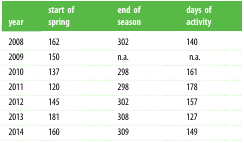
<table><thead><tr><td><b>year</b></td><td><b>start of spring</b></td><td><b>end of season</b></td><td><b>days of activity</b></td></tr></thead><tbody><tr><td>2008</td><td>162</td><td>302</td><td>140</td></tr><tr><td>2009</td><td>150</td><td>n.a.</td><td> n.a.</td></tr><tr><td>2010</td><td>137</td><td>298</td><td>161</td></tr><tr><td>2011</td><td>120</td><td>298</td><td>178</td></tr><tr><td>2012</td><td>145</td><td>302</td><td>157</td></tr><tr><td>2013</td><td>181</td><td>308</td><td>127</td></tr><tr><td>2014</td><td>160</td><td>309</td><td>149</td></tr></tbody></table>